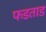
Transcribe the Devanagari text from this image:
फडताड